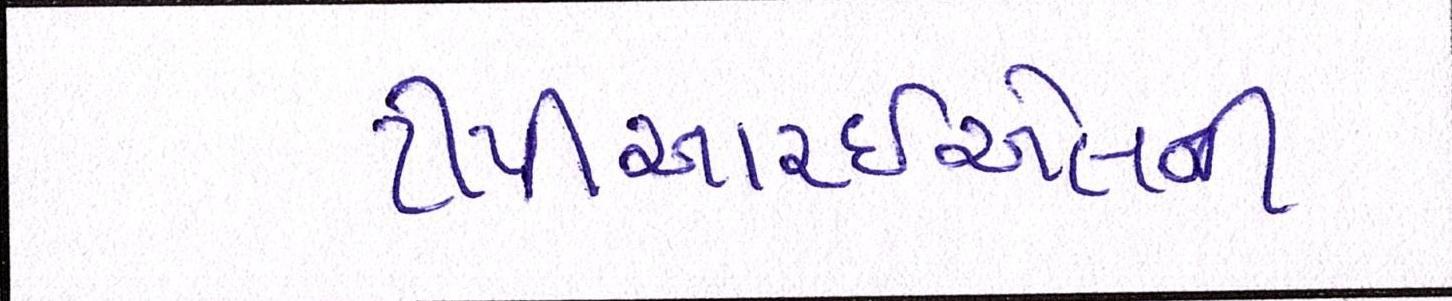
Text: ટીપીઆરઇએલની